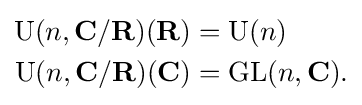
{\begin{aligned}\operatorname {U} (n,\mathbf {C} /\mathbf {R} )(\mathbf {R} )&=\operatorname {U} (n)\\\operatorname {U} (n,\mathbf {C} /\mathbf {R} )(\mathbf {C} )&=\operatorname {GL} (n,\mathbf {C} ).\end{aligned}}